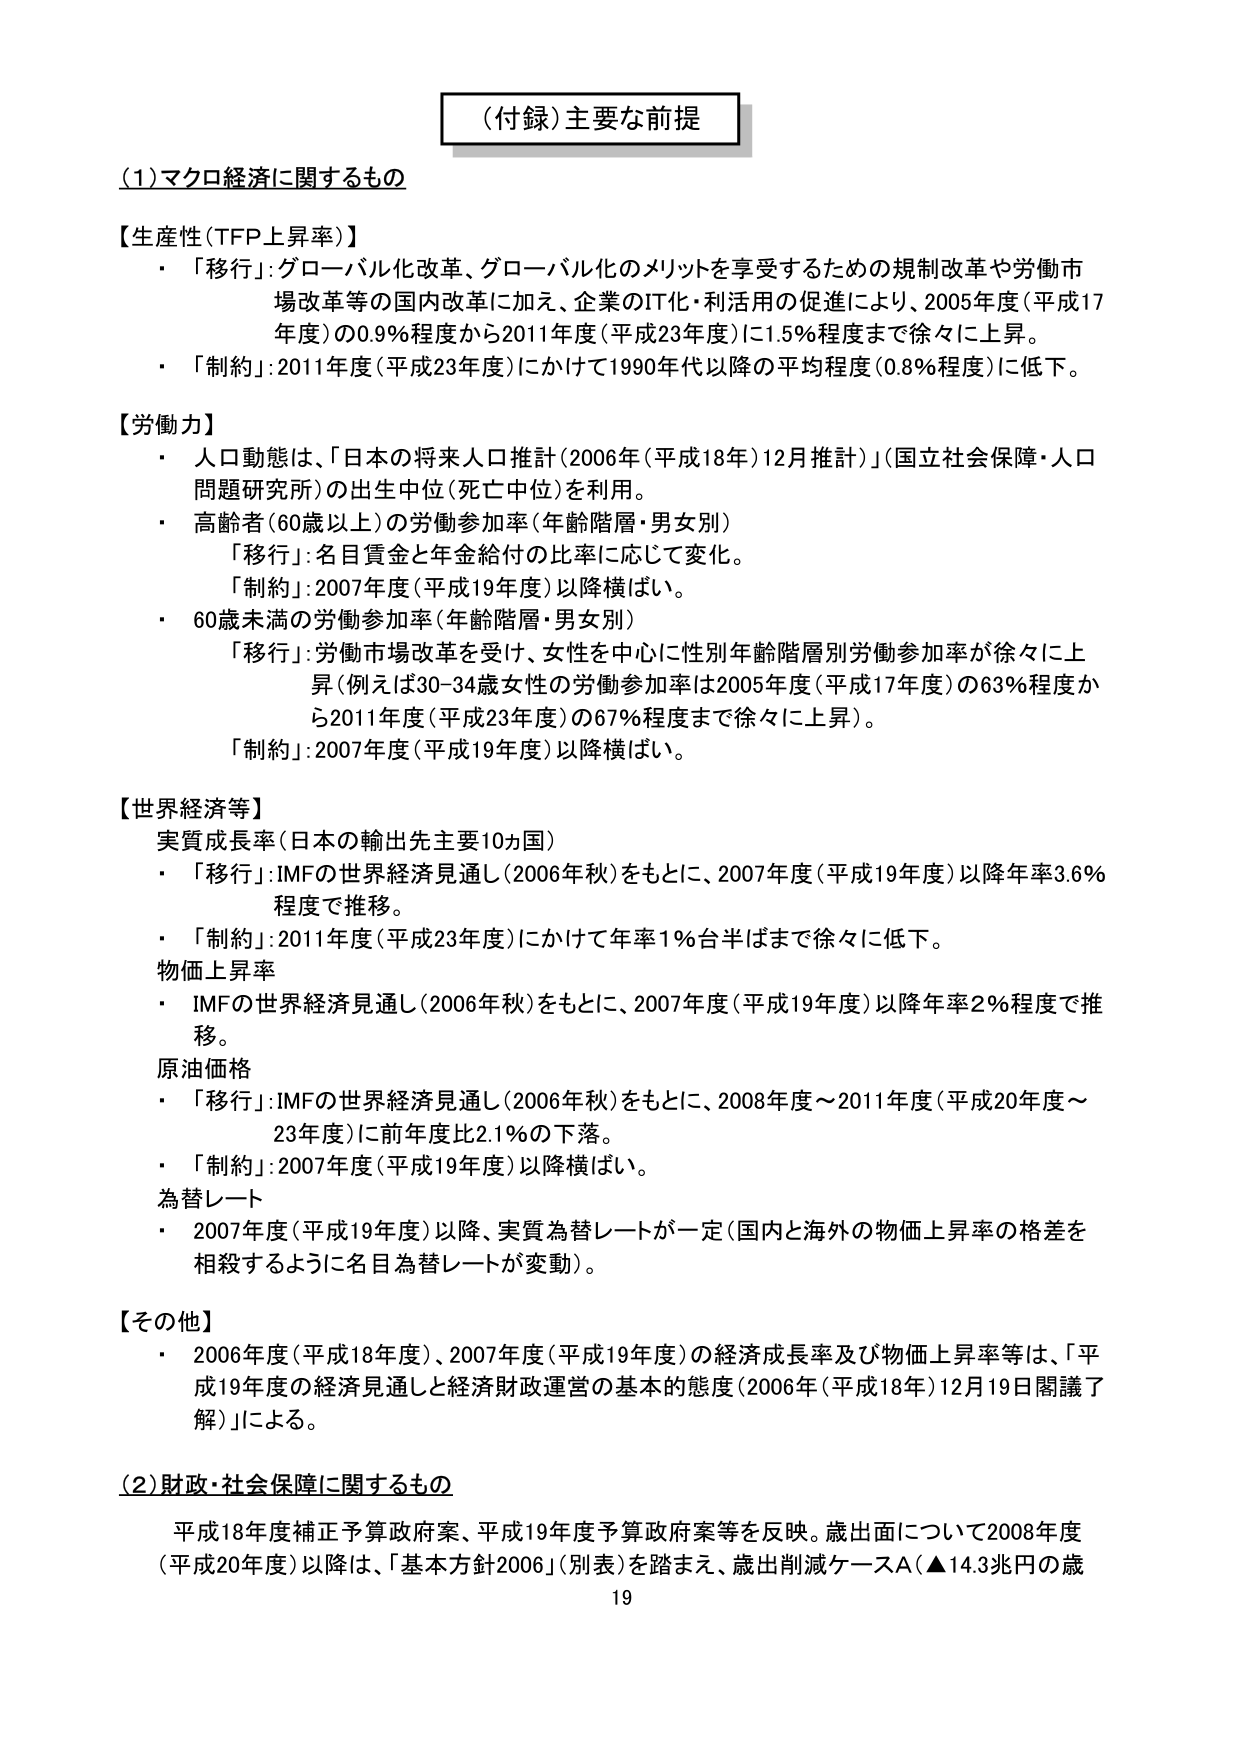
（付録）主要な前提

（1）マクロ経済に関するもの

【生産性（TFP上昇率）】
・「移行」：グローバル化改革、グローバル化のメリットを享受するための規制改革や労働市場改革等の国内改革に加え、企業のIT化・利活用の促進により、2005年度（平成17年度）の0.9％程度から2011年度（平成23年度）に1.5％程度まで徐々に上昇。
・「制約」：2011年度（平成23年度）にかけて1990年代以降の平均程度（0.8％程度）に低下。

【労働力】
・人口動態は、「日本の将来人口推計（2006年（平成18年）12月推計）」（国立社会保障・人口問題研究所）の出生中位（死亡中位）を利用。
・高齢者（60歳以上）の労働参加率（年齢階層・男女別）
　「移行」：名目賃金と年金給付の比率に応じて変化。
　「制約」：2007年度（平成19年度）以降横ばい。
・60歳未満の労働参加率（年齢階層・男女別）
　「移行」：労働市場改革を受け、女性を中心に性別年齢階層別労働参加率が徐々に上昇（例えば30-34歳女性の労働参加率は2005年度（平成17年度）の63％程度から2011年度（平成23年度）の67％程度まで徐々に上昇）。
　「制約」：2007年度（平成19年度）以降横ばい。

【世界経済等】
実質成長率（日本の輸出先主要10ヵ国）
・「移行」：IMFの世界経済見通し（2006年秋）をもとに、2007年度（平成19年度）以降年率3.6％程度で推移。
・「制約」：2011年度（平成23年度）にかけて年率1％台半ばまで徐々に低下。
物価上昇率
・IMFの世界経済見通し（2006年秋）をもとに、2007年度（平成19年度）以降年率2％程度で推移。
原油価格
・「移行」：IMFの世界経済見通し（2006年秋）をもとに、2008年度～2011年度（平成20年度～23年度）に前年度比2.1％の下落。
・「制約」：2007年度（平成19年度）以降横ばい。
為替レート
・2007年度（平成19年度）以降、実質為替レートが一定（国内と海外の物価上昇率の格差を相殺するように名目為替レートが変動）。

【その他】
・2006年度（平成18年度）、2007年度（平成19年度）の経済成長率及び物価上昇率等は、「平成19年度の経済見通しと経済財政運営の基本的態度（2006年（平成18年）12月19日閣議了解）」による。

（2）財政・社会保障に関するもの
平成18年度補正予算政府案、平成19年度予算政府案等を反映。歳出面について2008年度（平成20年度）以降は、「基本方針2006」（別表）を踏まえ、歳出削減ケースA（▲14.3兆円の歳

19